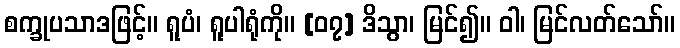
စက္ခုပသာဒဖြင့်။ ရူပံ၊ ရူပါရုံကို။ [၀၇] ဒိသွာ၊ မြင်၍။ ဝါ၊ မြင်လတ်သော်။